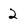
Character: 2